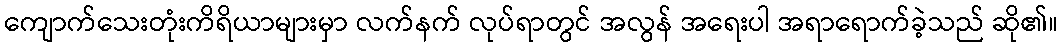
ကျောက်သေးတုံးကိရိယာများမှာ လက်နက် လုပ်ရာတွင် အလွန် အရေးပါ အရာရောက်ခဲ့သည် ဆို၏။